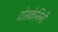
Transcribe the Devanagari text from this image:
टोसकेनिनी